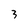
Character: 3